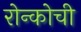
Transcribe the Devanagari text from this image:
रोन्कोची